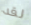
لقد